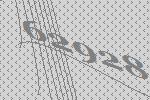
62928